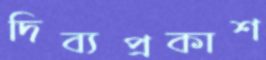
দিব্যপ্রকাশ